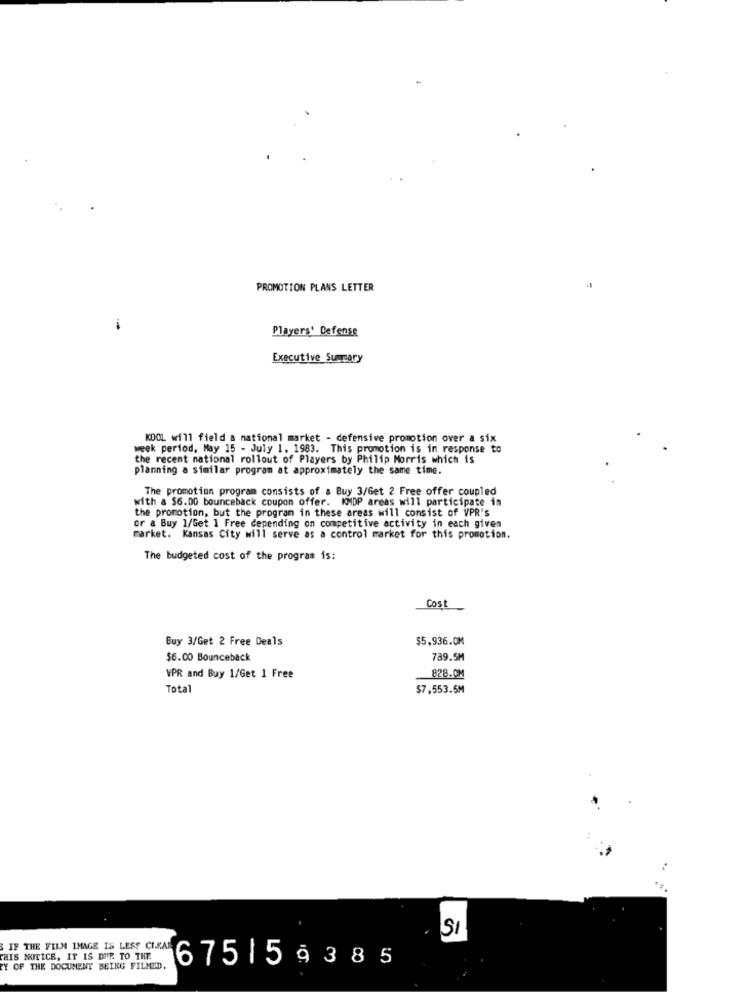
PROMOTION PLANS LETTER
Players' Defense
Executive Summary
KOOL will field a national market - defensive promotion over a six
week period, May 15 - July 1, 1983. This promotion is in response to
the recent national rollout of Players by Philip Morris which is
planning a similar program at approximately the same time.
The promotion program consists of a Buy 3/Get 2 Free offer coupled
with a $6.00 bounceback coupon offer. KMDP areas will participate in
the promotion, but the program in these areas will consist of VPR's
or a Buy 1/Get 1 Free depending on competitive activity in each given
Parket. Kansas City will serve as a control market for this promotion.
The budgeted cost of the program is:
Cost
Buy 3/Get 2 Free Deals
$5,936.0M
$6.00 Bounceback
789.5M
WPR and Buy 1/Get 1 Free
828.0M
Total
$7,553.5M
SI
IF THE FILM IMAGE IS LESS CLEAR
THIS NOTICE, IT IS DUE TO THE
Y OF THE DOCUMENT BEING FILMED.
6751 5 9385